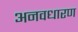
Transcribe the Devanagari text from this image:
अनवधारण